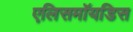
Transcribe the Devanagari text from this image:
एलिसमॉयडिस